Papers set at the Examination for Leaving Certificates, 1894
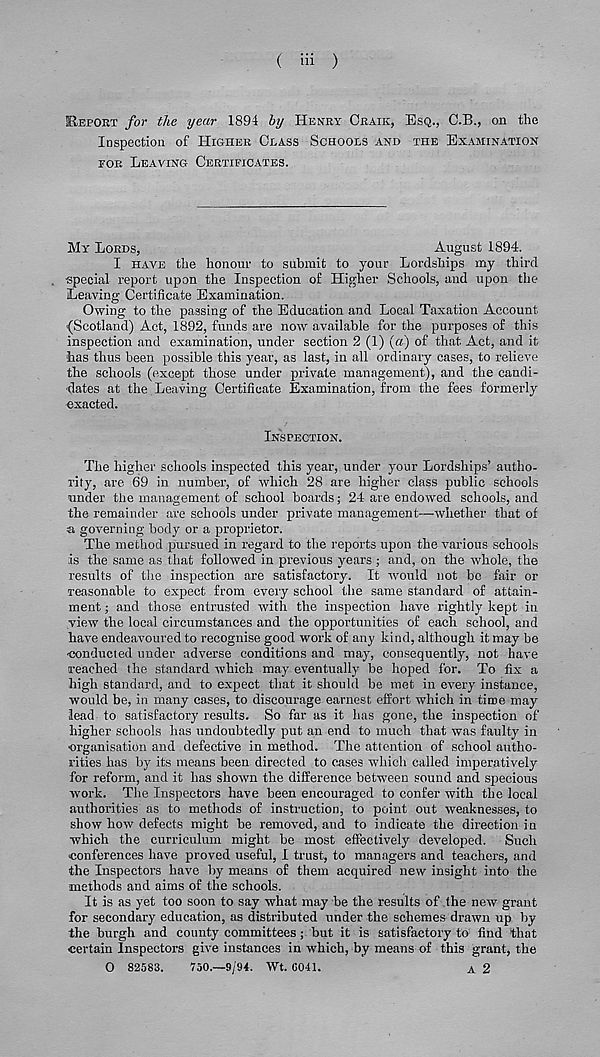
( iii )
REPORT for the year 1894 by HENRY CRAIK, ESQ., C.B., on the
Inspection of HIGHER CLASS SCHOOLS AND THE EXAMINATION
TOR LEAVING CERTIFICATES.
MY LORDS,
August 1894.
I HAVE the honour to submit to your Lordships my third
special report upon the Inspection of Higher Schools, and upon the
Leaving Certificate Examination.
Owing to the passing of the Education and Local Taxation Account
{Scotland) Act, 1892, funds are now available for the purposes of this
inspection and examination, under section 2 (1) (a) of that Act, and it
has thus been possible this year, as last, in all ordinary cases, to relieve
the schools (except those under private management), and the candi-
dates at the Leaving Certificate Examination, from the fees formerly
exacted.
INSPECTION.
The higher schools inspected this year, under your Lordships’ autho-
rity, are 69 in number, of which 28 are higher class public schools
under the management of school boards; 24 are endowed schools, and
the remainder are schools under private management—whether that of
■ a governing body or a proprietor.
The method pursued in regard to the reports upon the various schools
is the same as that followed in previous years ; and, on the whole, the
results of the inspection are satisfactory. It would not bo fair or
reasonable to expect from every school the same standard of attain-
ment ; and those entrusted with the inspection have rightly kept in
view the local circumstances and the opportunities of each school, and
have endeavoured to recognise good work of any kind, although it may be
conducted under adverse conditions and may, consequently, not have
reached the standard which may eventually be hoped for. To fix a
high standard, and to expect that it should be met in every instance,
would be, in many cases, to discourage earnest effort which in time may
lead to satisfactory results. So far as it has gone, the inspection of
higher schools has undoubtedly put an end to much that was faulty in
organisation and defective in method. The attention of school autho-
rities has by its means been directed to cases which called imperatively
for reform, and it has shown the difference between sound and specious
work. The Inspectors have been encouraged to confer with the local
authorities as to methods of instruction, to point out weaknesses, to
show how defects might be removed, and to indicate the direction in
which the curriculum might be most effectively developed. Such
conferences have proved useful, I trust, to managers and teachers, and
the Inspectors have by means of them acquired new insight into the
methods and aims of the schools.
It is as yet too soon to say what may be the results of the new grant
for secondary education, as distributed under the schemes drawn up by
the burgh and county committees; but it is satisfactory to find that
certain Inspectors give instances in which, by means of this grant, the
0 82583.
750.—9/94. Wt. G041.
A 2